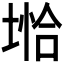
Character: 𪣺